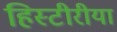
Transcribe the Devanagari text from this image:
हिस्टीरीया